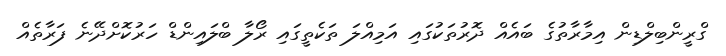
ގްރީންބިލްޑިން އިމާރާތުގެ ބައެއް ދޮރުތަކުގައި އަމިއްލަ ތަކެތީގައި ރޯލާ ބްލައިންޑް ހަރުކޮށްދޭނެ ފަރާތެއް